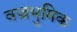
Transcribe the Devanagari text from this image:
वज्रभुमिक